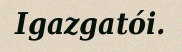
Igazgatói.